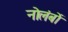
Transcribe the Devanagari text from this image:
नोलंबों